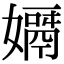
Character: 𡢓